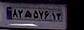
۸۲ه۵۷۶۱۳